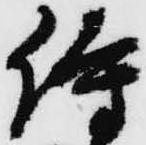
侍